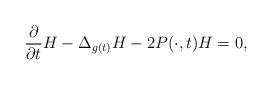
LaTeX: \begin{align*} \frac{\partial}{\partial t}H-\Delta_{g(t)} H-2P(\cdot, t) H=0, \end{align*}